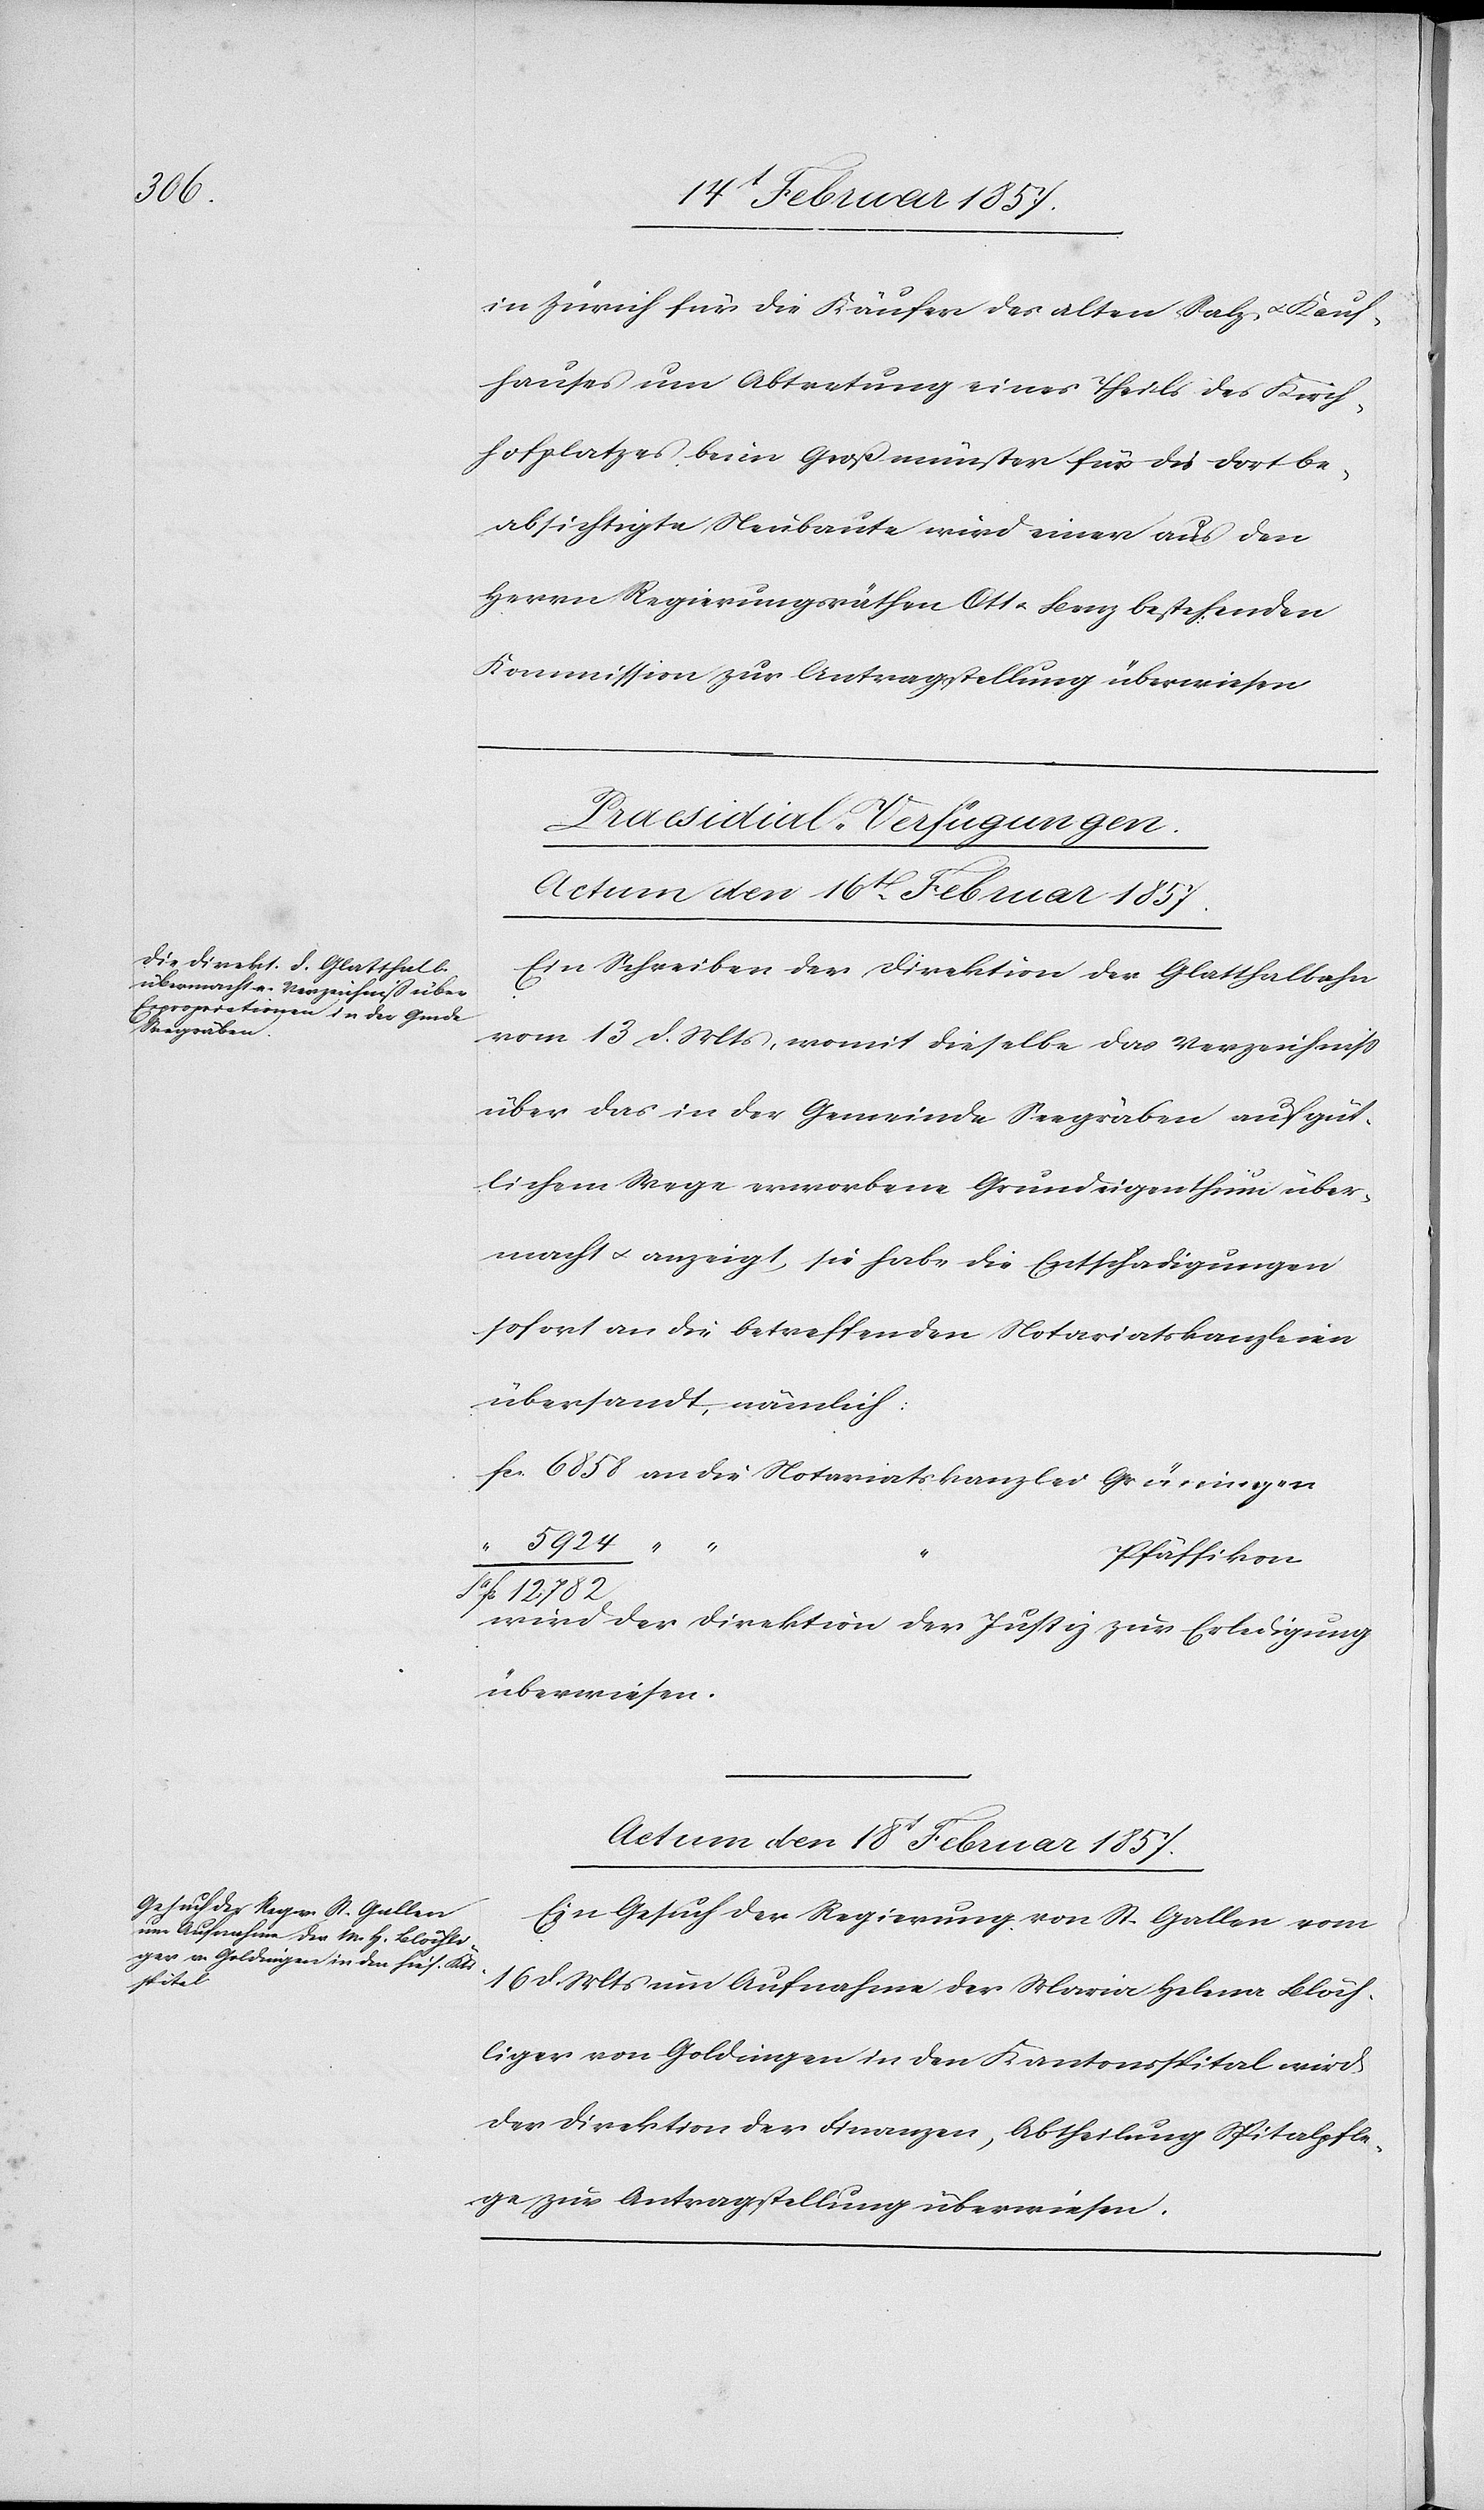
in Zürich für die Käufer des alten Salz- u. Kauf¬
hauses um Abtretung eines Theils des Kirch¬
hofplatzes beim Großmünster für die dort be¬
absichtigte Neubaute wird einer aus den
Herrn Regierungsräthen Ott u. Benz bestehenden
Kommission zur Antragstellung überwiesen.
[Praesidial-Verfügungen.]
Actum den 16t Februar 1857.
Ein Schreiben der Direktion der Glatthalbahn
vom 13 d. Mts, womit dieselbe das Verzeichniß
über das in der Gemeinde Seegräben auf güt¬
lichem Wege erworbene Grundeigenthum über¬
macht u. anzeigt, sie habe die Entschädigungen
sofort an die betreffenden Notariatskanzleien
übersandt, nämlich:
fr. 6858	an die Notariatskanzlei Grüningen
Pfäffikon
fr. 12 782
wird der Direktion der Justiz zur Erledigung
überwiesen.
Actum den 18t Februar 1857.
Ein Gesuch der Regierung von St. Gallen vom
16 d. Mts um Aufnahme der Maria Helena Blöch¬
liger von Goldingen in den Kantonsspital wird
der Direktion der Finanzen, Abtheilung Spitalpfle¬
ge zur Antragstellung überwiesen.